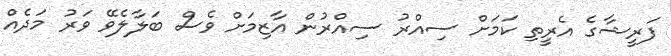
ފަރީޝާގެ އެރީތި ކަމަށް ސިއްރު ސިއްރުން އާޒިމަށް ވެސް ބަލާލެވޭ ވަރު މަދެއް